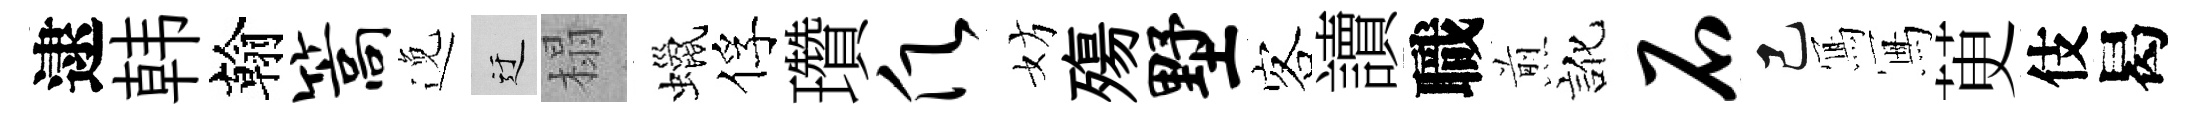
逮韩翰篙𨓜迂榻蠟俘瓚愿妨殤墅客讀職煎訛石己𭂁冩茰伎曷